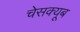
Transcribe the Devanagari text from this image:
चेसक्यूब